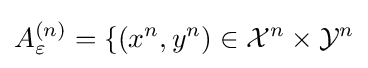
A_{\varepsilon }^{(n)}=\{(x^{n},y^{n})\in {\mathcal {X}}^{n}\times {\mathcal {Y}}^{n}